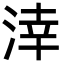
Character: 涬